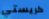
كريستي